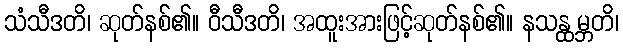
သံသီဒတိ၊ ဆုတ်နစ်၏။ ဝီသီဒတိ၊ အထူးအားဖြင့်ဆုတ်နစ်၏။ နသန္ထမ္ဘတိ၊